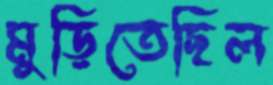
মুড়িতেছিল